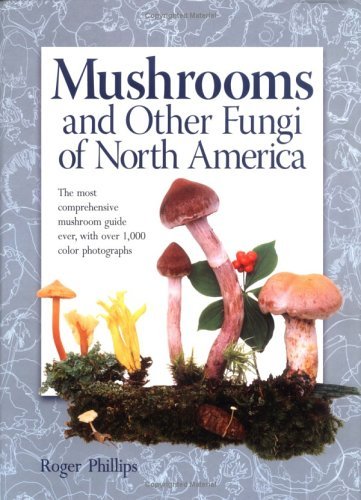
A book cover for Mushrooms and Other Fungi of North America (Hardcover); Roger Phillips; Medical Books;